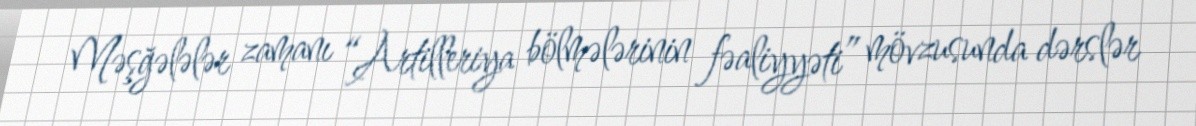
Məşğələlər zamanı “Artilleriya bölmələrinin fəaliyyəti” mövzusunda dərslər